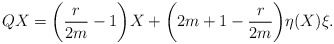
\begin{align*} QX = \bigg(\frac{r}{2m} - 1\bigg)X + \bigg(2m + 1 - \frac{r}{2m}\bigg)\eta(X)\xi.\end{align*}